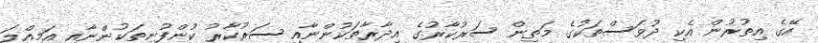
އޭގެ އިތުރުން އެކި ދުވަސްތަކުގެ މަތިން ސަރުކާރުގެ އިދާރާތަކުންނާއި ސަރުކާރު ކުންފުނިތަކުންނާއި އަމިއްލަ